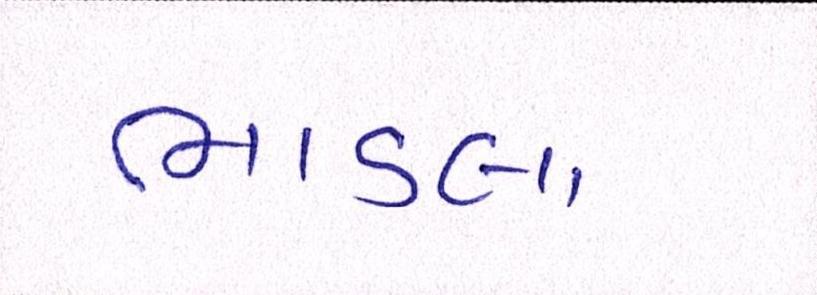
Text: ભાડલા